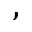
,